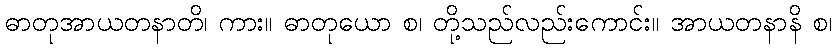
ဓာတုအာယတနာတိ၊ ကား။ ဓာတုယော စ၊ တို့သည်လည်းကောင်း။ အာယတနာနိ စ၊